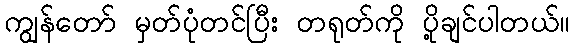
ကျွန်တော် မှတ်ပုံတင်ပြီး တရုတ်ကို ပို့ချင်ပါတယ်။